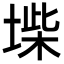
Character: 𡍥